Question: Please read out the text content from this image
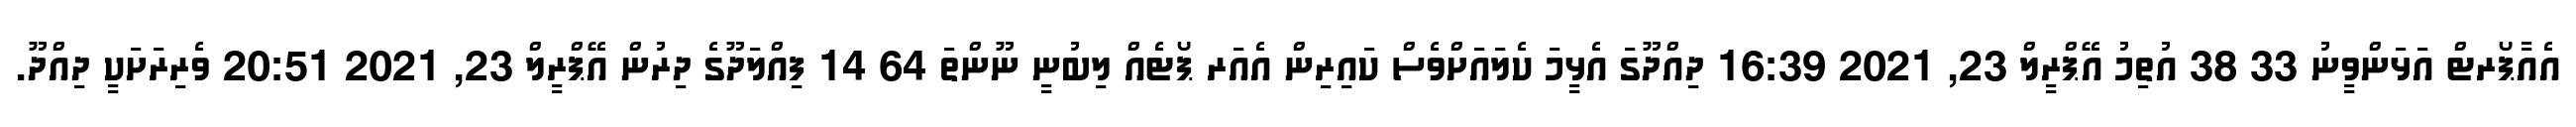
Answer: އެއާޕޯރޓް އަޅަންވީނު 33 38 އުތިމު އޭޕްރީލް 23, 2021 16:39 ދިއްދޫގަ އެޅީމަ ކެލައަށްވެސް ކައިރިން އެއަރ ޕޯޓެއް ލިބުނީ ނޫންތަ 64 14 ފިއްލަދޫގެ ދިރުން އޭޕްރީލް 23, 2021 20:51 ވެރިރަށަކީ ދިއްދޫ.